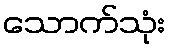
သောက်သုံး